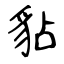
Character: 𧲸